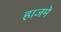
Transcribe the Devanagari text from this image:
हाजमे